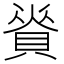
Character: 𧶦